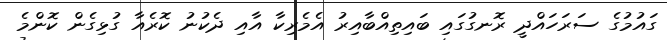
ގައުމުގެ ސަރަހައްދީ ރޮނގުގައި ބައިތިއްބާއިރު އެމެރިކާ އާއި ދެކުނު ކޮރެއާ ގުޅިގެން ކޮންމެ